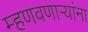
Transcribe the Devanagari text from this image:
म्हणवणार्‍यांना